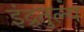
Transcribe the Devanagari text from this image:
इंद्र्तुल्य